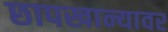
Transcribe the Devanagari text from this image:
छापखान्यावर